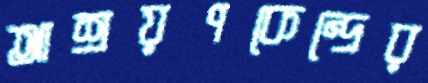
আশ্রয়ণকেন্দ্রের